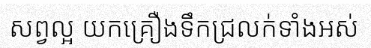
សព្វល្អ យកគ្រឿងទឹកជ្រលក់ទាំងអស់